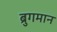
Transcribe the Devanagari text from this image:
ब्रुगमान